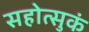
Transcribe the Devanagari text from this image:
सहोत्सुकं